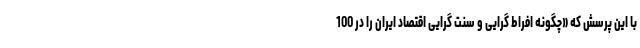
با این پرسش که «چگونه افراط گرایی و سنت گرایی اقتصاد ایران را در 100